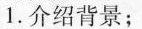
1.介绍背景；